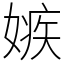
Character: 嫉